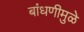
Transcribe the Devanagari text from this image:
बांधणीमुळे